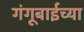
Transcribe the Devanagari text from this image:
गंगूबाईच्या